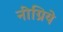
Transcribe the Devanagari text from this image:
नीग्रिये